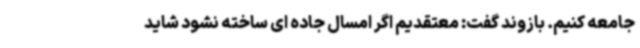
جامعه کنیم. بازوند گفت: معتقدیم اگر امسال جاده ای ساخته نشود شاید